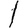
Digit: 1